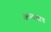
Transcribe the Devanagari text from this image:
अल्पमात्र